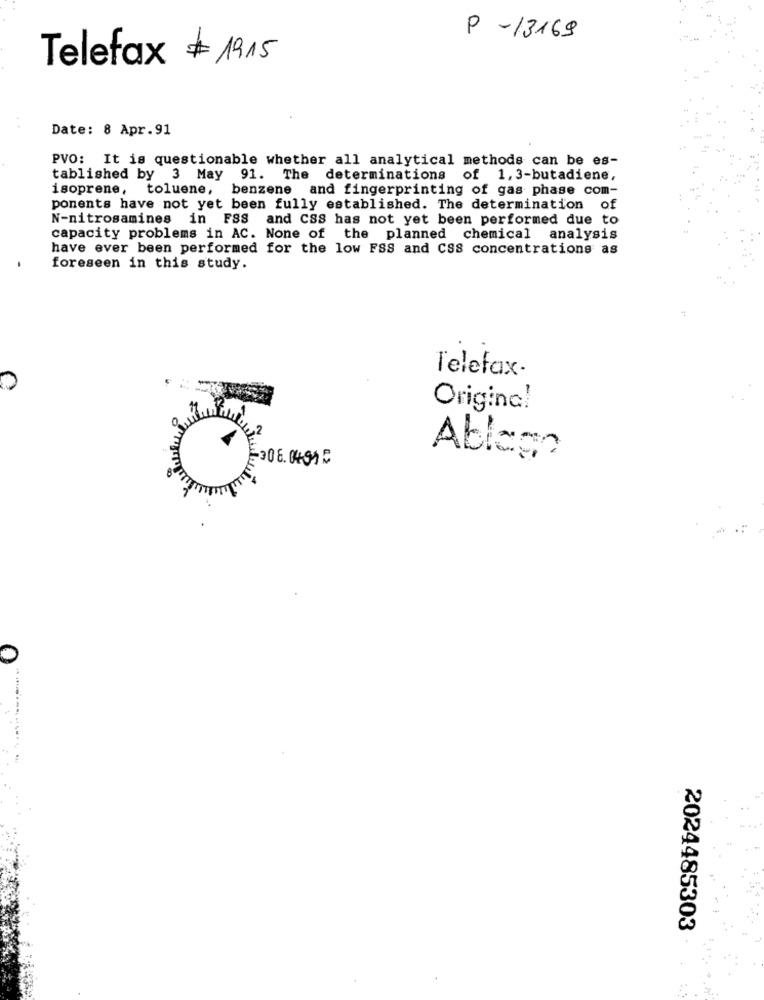
P -13169
Telefax # 1915
Date: 8 Apr.91
PVO: It is questionable whether all analytical methods can be es-
tablished by 3 May
91. The determinations
of 1. 3-butadiene,
isoprene, toluene, benzene and fingerprinting of gas phase com-
ponents have not yet been fully established. The determination of
N-nitrosamines in FSS and CSS has not yet been performed due to
capacity problems in AC. None of the planned chemical analysis
have ever been performed for the low FSS and CSS concentrations as
foreseen in this study.
Telefax
Origina!
Ablage
308.0491 ₽
2024485303